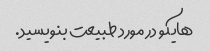
هایکو در مورد طبیعت بنویسید.